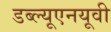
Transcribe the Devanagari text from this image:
डब्ल्यूएनयूवी